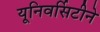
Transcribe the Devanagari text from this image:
यूनिवर्सिटीने